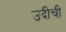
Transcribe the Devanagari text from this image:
उदीची